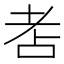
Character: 𦒻